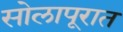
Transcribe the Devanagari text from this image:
सोलापूरात